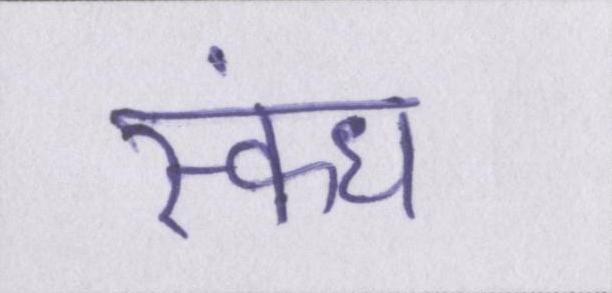
स्कंध